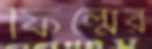
ফিল্মের